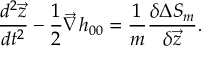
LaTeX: \frac { d ^ { 2 } { \vec { z } } } { d t ^ { 2 } } - \frac { 1 } { 2 } { \vec { \nabla } } h _ { 0 0 } = \frac { 1 } { m } \frac { \delta \Delta S _ { m } } { \delta { \vec { z } } } .